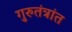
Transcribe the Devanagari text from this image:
गुरुतंत्रांत